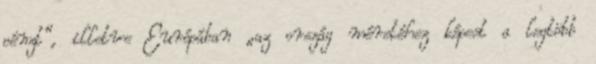
pénzt”, illetve Európában „az ország méretéhez képest a legtöbb